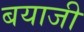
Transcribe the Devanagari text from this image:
बयाजी